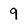
Character: 9